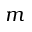
m